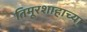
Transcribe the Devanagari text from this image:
तिमूरशाहाच्या